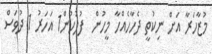
މުޒާހަރާ އަށް ނިކުތީ ދެހާހެއްހާ މީހުން  ފުލުހުން1 އަހަރު 1 ދުވަސް